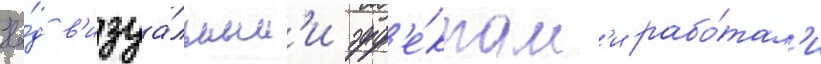
На́д в'изуа́льным'и эфф'е́ктам'и рабо́тал'и